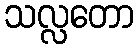
သလ္လတော